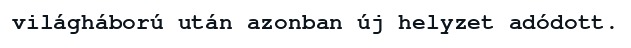
világháború után azonban új helyzet adódott.